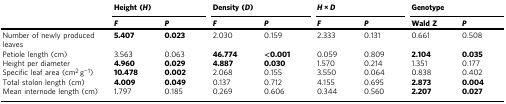
|  | <COLSPAN=2> Height (H) | <COLSPAN=2> Density (D) | <COLSPAN=2> H × D | <COLSPAN=2> Genotype |
 |  | F | P | F | P | F | P | Wald Z | P |
 | --- | --- | --- | --- | --- | --- | --- | --- | --- |
 | Number of newly produced leaves | 5.407 | 0.023 | 2.030 | 0.159 | 2.333 | 0.131 | 0.661 | 0.508 |
 | Petiole length (cm) | 3.563 | 0.063 | 46.774 | <0.001 | 0.059 | 0.809 | 2.104 | 0.035 |
 | Height per diameter | 4.960 | 0.029 | 4.887 | 0.030 | 1.570 | 0.214 | 1.351 | 0.177 |
 | Specific leaf area (cm2 g−1) | 10.478 | 0.002 | 2.068 | 0.155 | 3.550 | 0.064 | 0.838 | 0.402 |
 | Total stolon length (cm) | 4.009 | 0.049 | 0.137 | 0.712 | 4.155 | 0.695 | 2.873 | 0.004 |
 | Mean internode length (cm) | 1.797 | 0.185 | 0.269 | 0.606 | 0.344 | 0.560 | 2.207 | 0.027 |